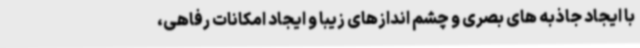
با ایجاد جاذبه های بصری و چشم اندازهای زیبا و ایجاد امکانات رفاهی،